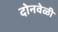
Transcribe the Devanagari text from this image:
दोनवेळी